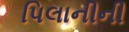
પિલાનીની